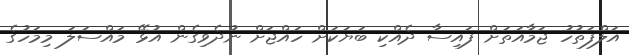
އަލްފަތުހު ޖަމާއަތަށް ފައިސާ ދެއްކި ބަޔަކަށް ހައްޖަށް ނުދެވިގެން އުޅޭ މައްސަލަ މިމަހުގެ